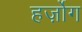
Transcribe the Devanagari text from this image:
हर्ज़ोग